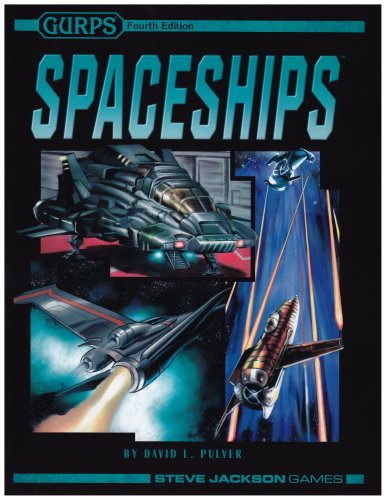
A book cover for GURPS Spaceships (4ed) *OP; David L. Pulver; Science Fiction & Fantasy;